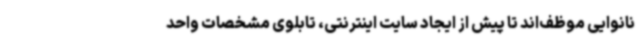
نانوایی موظف‌اند تا پیش از ایجاد سایت اینترنتی، تابلوی مشخصات واحد